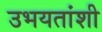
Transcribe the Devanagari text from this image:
उभयतांशी